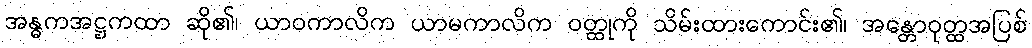
အန္ဓကအဋ္ဌကထာ ဆို၏၊ ယာဝကာလိက ယာမကာလိက ဝတ္ထုကို သိမ်းထားကောင်း၏၊ အန္တောဝုတ္ထအပြစ်